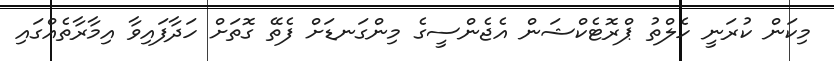
މިކަން ކުރަނީ ހެލްތު ޕްރޮޓެކްޝަން އެޖެންސީގެ މިންގަނޑަށް ފެތޭ ގޮތަށް ހަދާފައިވާ އިމާރާތެއްގައި